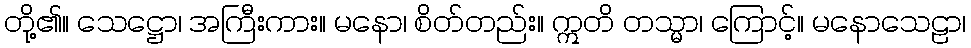
တို့၏။ သေဋ္ဌော၊ အကြီးကား။ မနော၊ စိတ်တည်း။ ဣတိ တသ္မာ၊ ကြောင့်။ မနောသေဠာ၊